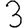
Digit: 3